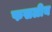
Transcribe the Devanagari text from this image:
फसलीय